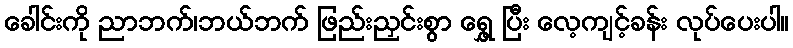
ခေါင်းကို ညာဘက်၊ဘယ်ဘက် ဖြည်းညှင်းစွာ ရွှေ့ ပြီး လေ့ကျင့်ခန်း လုပ်ပေးပါ။